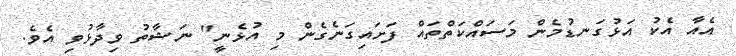
އެއާ އެކު އަޅުގަނޑުމެން މަސައްކަތްތައް ފަށައިގަނެގެން މި އުޅެނީ" ނަޝާތު ވިދާޅުވި އެވެ.